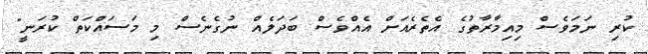
ކުރި ނަމަވެސް މިއިމާރާތުގެ އެތެރެއަށް އެއްވެސް ބަދަލެއް ނުގެނެސް މި މަސައްކަތް ކުރަނީ"